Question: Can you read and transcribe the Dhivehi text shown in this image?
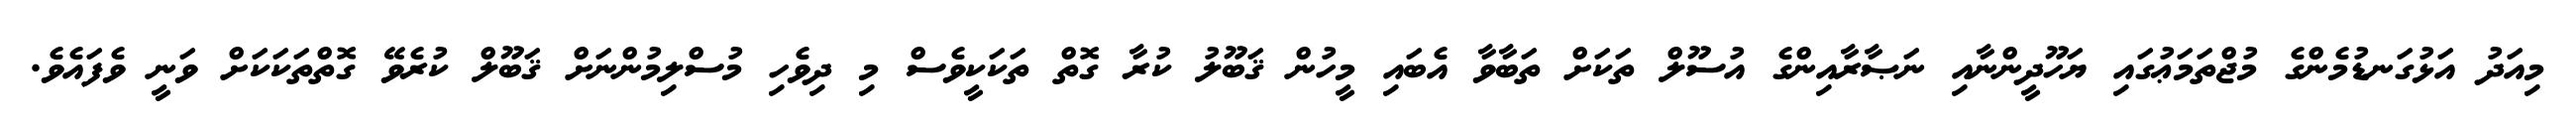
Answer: މިއަދު އަޅުގަނޑުމެންގެ މުޖްތަމަޢުގައި ޔަހޫދީންނާއި ނަޞާރާއިންގެ އުސޫލް ތަކަށް ތަބާވާ އެބައި މީހުން ޤަބޫލު ކުރާ ގޮތް ތަކަކީވެސް މި ދިވެހި މުސްލިމުންނަށް ޤަބޫލް ކުރެވޭ ގޮތްތަކަކަށް ވަނީ ވެފައެވެ.